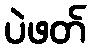
ပဲဖတ်